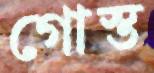
গোস্ত